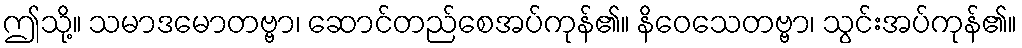
ဤသို့။ သမာဒမောတဗ္ဗာ၊ ဆောင်တည်စေအပ်ကုန်၏။ နိဝေသေတဗ္ဗာ၊ သွင်းအပ်ကုန်၏။